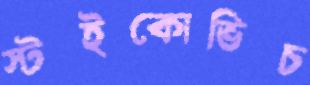
স্টইকোভিচ